画像に写った文字を読んでください
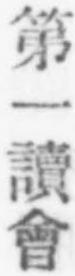
「第一讀會」と書いてあります